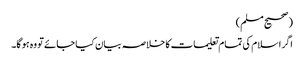
(صحیح مسلم)
اگر اسلام کی تمام تعلیمات کا خلاصہ بیان کیا جائے تو وہ ہو گا۔